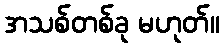
အသစ်တစ်ခု မဟုတ်။